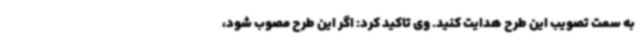
به سمت تصویب این طرح هدایت کنید. وی تاکید کرد: اگر این طرح مصوب شود،